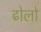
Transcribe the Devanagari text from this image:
ढोलो